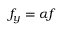
f _ { y } = \alpha f